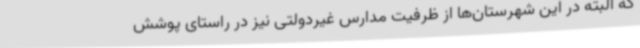
که البته در این شهرستان‌ها از ظرفیت مدارس غیردولتی نیز در راستای پوشش